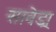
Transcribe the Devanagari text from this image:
सावेड्रा